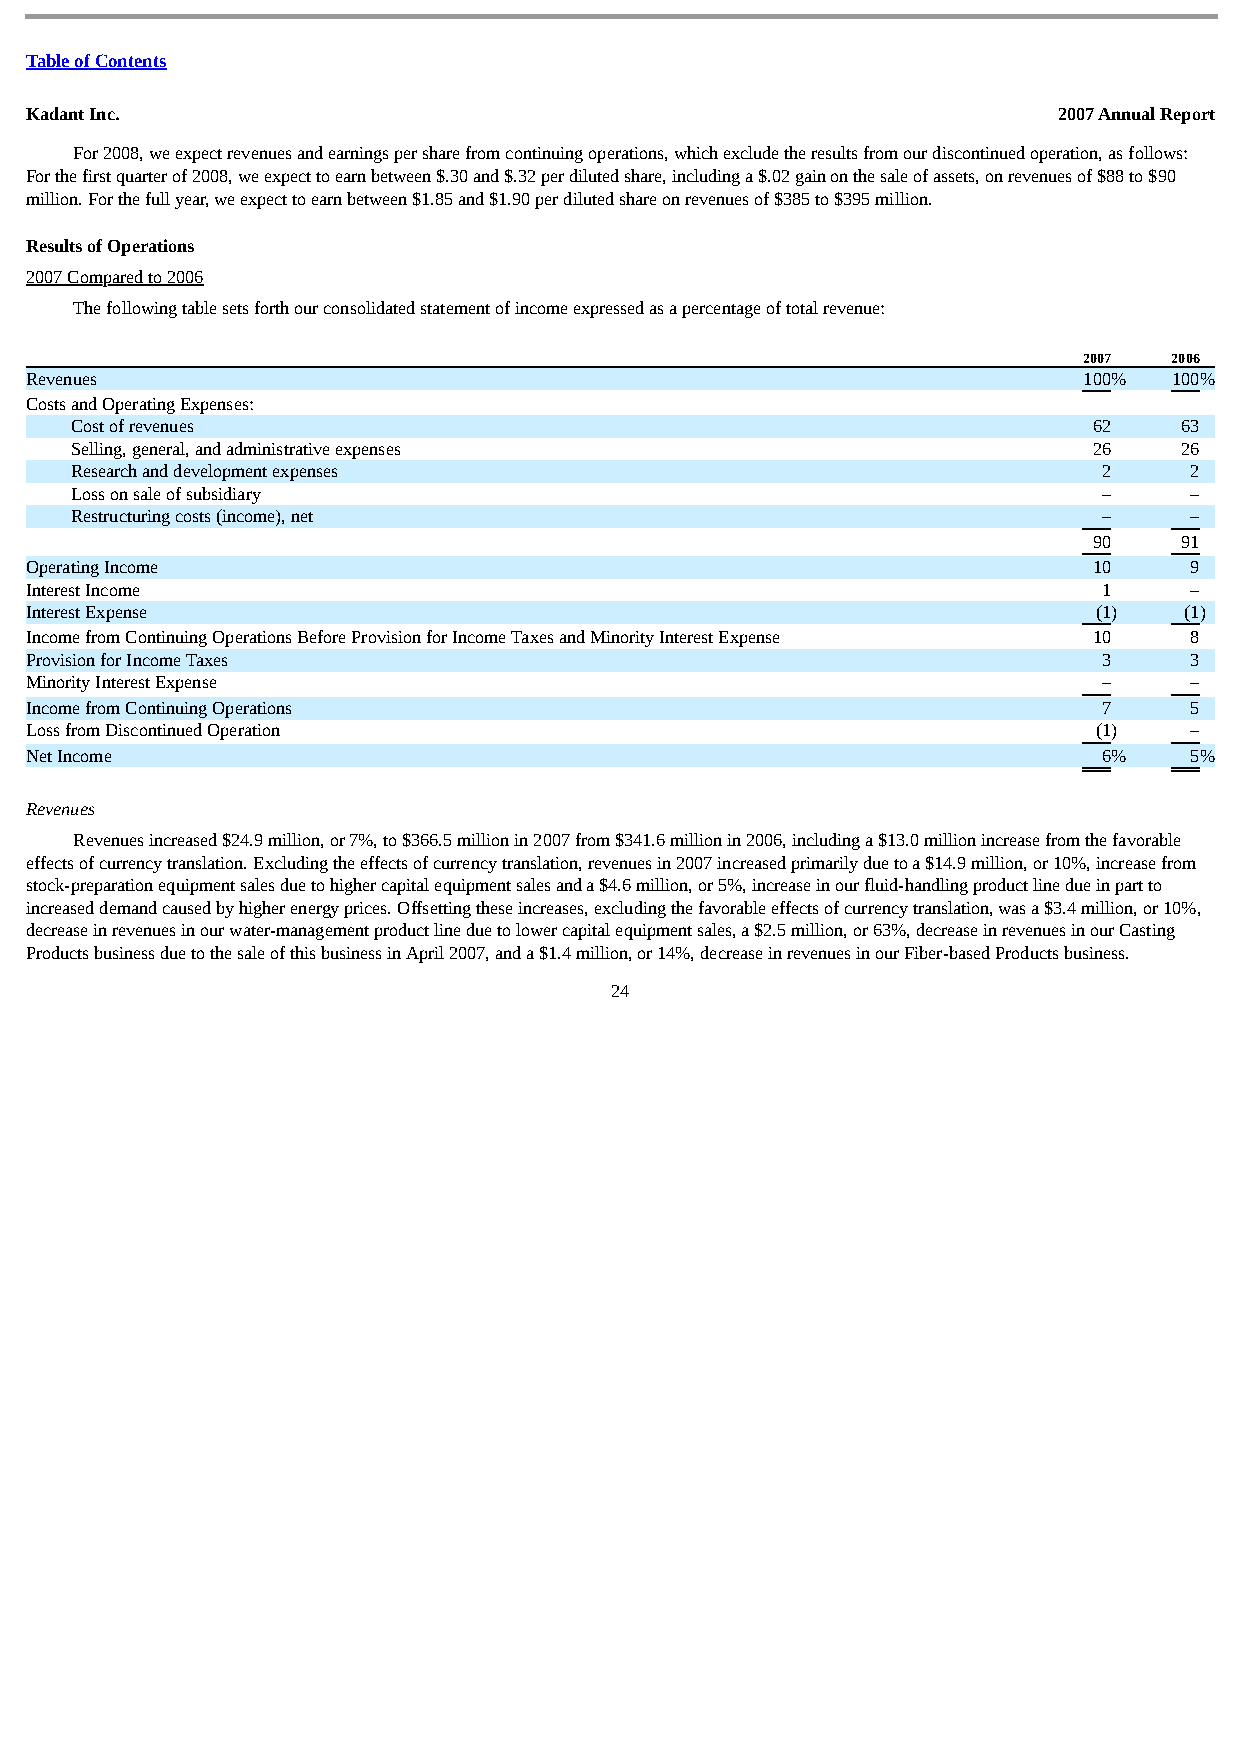
Table of Contents
 Kadant Inc.                                                         2007 Annual Report
 For 2008, we expect revenues and earnings per share from continuing operations, which exclude the results from our discontinued operation, as follows:
 For the first quarter of 2008, we expect to earn between $.30 and $.32 per diluted share, including a $.02 gain on the sale of assets, on revenues of $88 to $90
 million. For the full year, we expect to earn between $1.85 and $1.90 per diluted share on revenues of $385 to $395 million.
 Results of Operations
 2007 Compared to 2006
 The following table sets forth our consolidated statement of income expressed as a percentage of total revenue:
 2007  2006
 Revenues                                                              100%  100%
 Costs and Operating Expenses:
 Cost of revenues                                                   62    63
 Selling, general, and administrative expenses                      26    26
 Research and development expenses                                   2     2
 Loss on sale of subsidiary                                          –     –
 Restructuring costs (income), net                                   –     –
 90    91
 Operating Income                                                      10     9
 Interest Income                                                        1     –
 Interest Expense                                                       (1)  (1)
 Income from Continuing Operations Before Provision for Income Taxes and Minority Interest Expense 10 8
 Provision for Income Taxes                                             3     3
 Minority Interest Expense                                              –     –
 Income from Continuing Operations                                      7     5
 Loss from Discontinued Operation                                       (1)   –
 Net Income                                                             6 %   5 %
 Revenues
 Revenues increased $24.9 million, or 7%, to $366.5 million in 2007 from $341.6 million in 2006, including a $13.0 million increase from the favorable
 effects of currency translation. Excluding the effects of currency translation, revenues in 2007 increased primarily due to a $14.9 million, or 10%, increase from
 stock-preparation equipment sales due to higher capital equipment sales and a $4.6 million, or 5%, increase in our fluid-handling product line due in part to
 increased demand caused by higher energy prices. Offsetting these increases, excluding the favorable effects of currency translation, was a $3.4 million, or 10%,
 decrease in revenues in our water-management product line due to lower capital equipment sales, a $2.5 million, or 63%, decrease in revenues in our Casting
 Products business due to the sale of this business in April 2007, and a $1.4 million, or 14%, decrease in revenues in our Fiber-based Products business.
 24